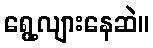
ရွေ့လျားနေဆဲ။